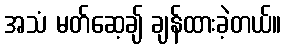
အသံ မတ်ဆေ့ချ် ချန်ထားခဲ့တယ်။